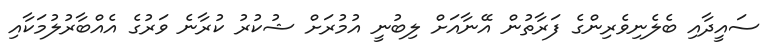
ސައީދާއި ބެލެނިވެރިންގެ ފަރާތުން އޭނާއަށް ލިބުނީ އުމުރަށް ޝުކުރު ކުރާނެ ވަރުގެ އެއްބާރުލުމަކާއި